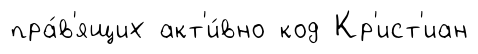
пра́в'ящих акт'и́вно код Кр'ист'иан